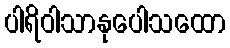
ပါရိဝါသာနုပေါသထော